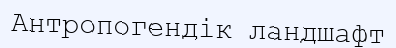
Антропогендік ландшафт